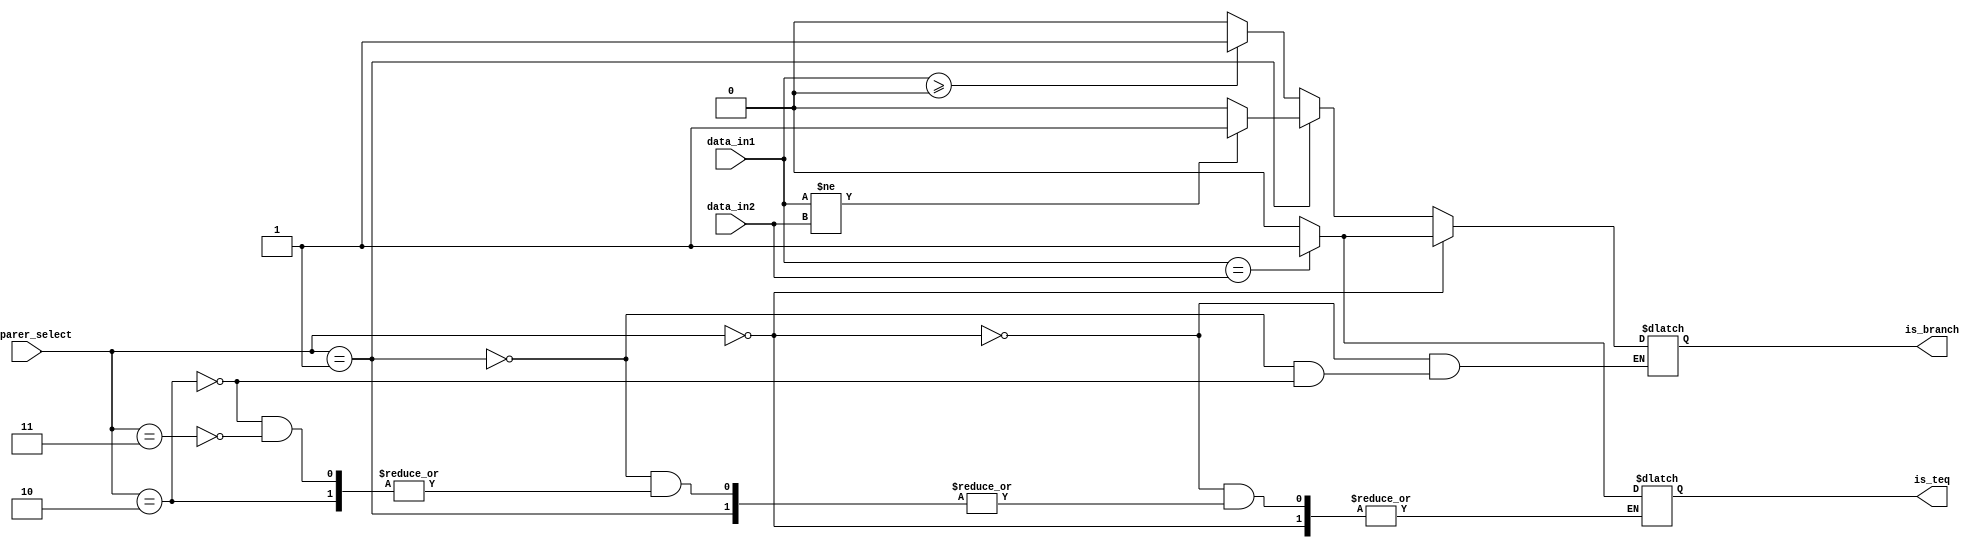
`timescale 1ns / 1ps

module Comparer(
    input [31:0] data_in1,
    input [31:0] data_in2,
    input [1:0] comparer_select,
    output reg is_branch,
    output reg is_teq
);

    always @ (*)
    begin
        // beq
        if (comparer_select == 2'b00)
            is_branch <= (data_in1 == data_in2)?1'b1: 1'b0;
        // bne
        else if (comparer_select == 2'b01)
            is_branch <= (data_in1 != data_in2)?1'b1: 1'b0;
        // bgez
        else if (comparer_select == 2'b10)
            is_branch <= (data_in1 >= 0)?1'b1: 1'b0;
        // teq
        else if (comparer_select == 2'b11)
            is_teq <= (data_in1 == data_in2)?1'b1: 1'b0;
    end

endmodule